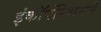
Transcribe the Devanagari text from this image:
इंकॉर्पोरेशनने